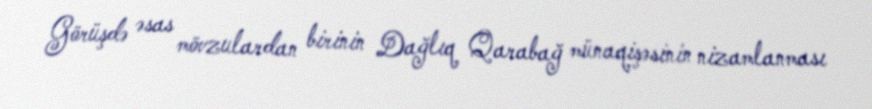
Görüşdə əsas mövzulardan birinin Dağlıq Qarabağ münaqişəsinin nizamlanması